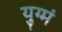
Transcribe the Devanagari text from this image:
युग्मं